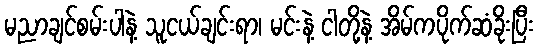
မညာချင်စမ်းပါနဲ့ သူငယ်ချင်းရာ၊ မင်းနဲ့ ငါတို့နဲ့ အိမ်ကပိုက်ဆံခိုးပြီး